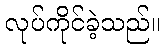
လုပ်ကိုင်ခဲ့သည်။